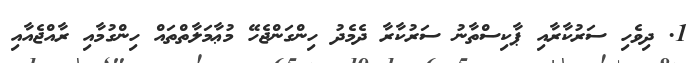
1. ދިވެހި ސަރުކާރާއި ޕާކިސްތާނު ސަރުކާރާ ދެމެދު ހިންގަންޖެހޭ މުޢާމަލާތްތައް ހިންގުމާއި ރާއްޖެއާއި